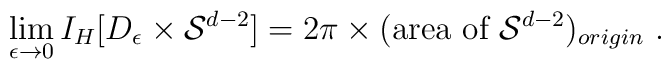
\lim_{\epsilon \rightarrow 0} I_H [D_{\epsilon} \times{\cal S}^{d-2}] = 2\pi \times (\mbox{area of }{\cal S}^{d-2})_{origin} \ .